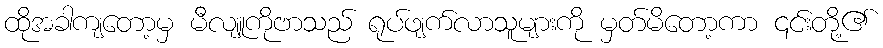
ထိုအခါကျတော့မှ မီလျူကိုဗာသည် ရုပ်ဖျက်လာသူများကို မှတ်မိတော့ကာ ၎င်းတို့၏